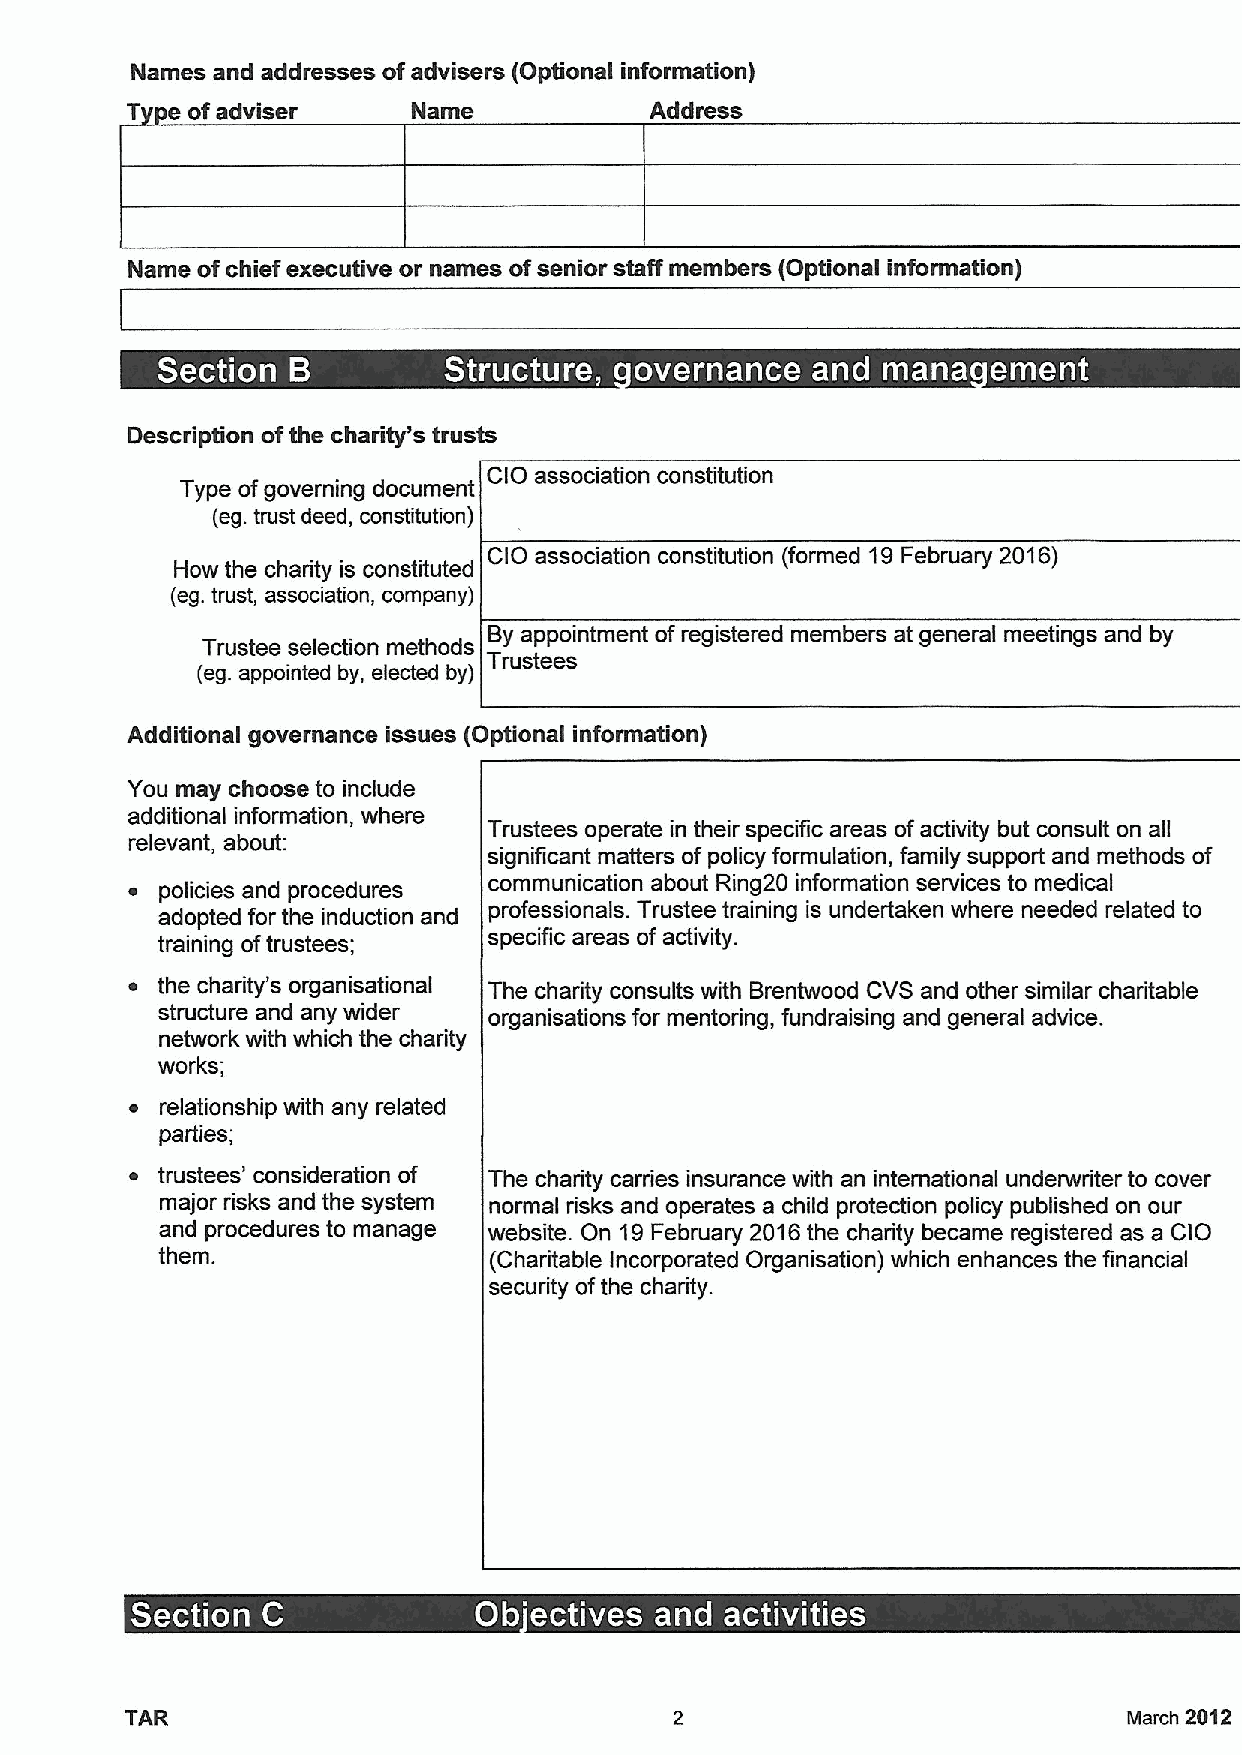
Names and addresses ofadvisers (Optional information)
 T  e ofadviser     Name            Address
 Name ofchief executive or names ofsenior staff members (Optional information)
 Description ofthe charity's trusts
 CIO association constitution
 Type ofgoverning documentt
 {eg.trust deed, constitution)
 t.   CIO association constitution (formed 19February 2016)
 How the charity is constituttetdd
 {eg.trust, association, company)
 By appointment ofregistered members at general meetings and by
 Trustee selection methods
 {eg.appointed by, elected by)
 Additional governance issues (Optional information)
 You may choose to include
 additional information, where
 Trustees operate in their specific areas ofactivity but consult on all
 relevant, about:
 significant matters ofpolicy formulation, family support and methods of
 ~  policies and procedures communication about Ring20 information services to medical
 adopted for the induction and professionals. Trustee training is undertaken where needed related to
 training oftrustees;
 specific areas ofactivity.
 ~ the charity's organisational The charity consults with Brentwood CVS and other similar charitable
 structure and any wider organisations for mentoring, fundraising and general advice.
 network with which the charity
 works;
 ~ relationship with any related
 parties;
 ~ trustees' consideration of The chadity carries insurance with an international underwriter to cover
 major risks and the system normal risks and operates a child protection policy published on our
 and procedures to manage website. On 19February 2016the charity became registered as a CIO
 them.                 (Charitable Incorporated Organisation) which enhances the financial
 security ofthe charity.
 ~ ~
 TAR                                                                March 2012